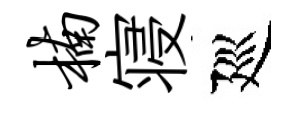
楠寝廵